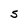
Character: S